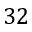
3 2